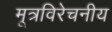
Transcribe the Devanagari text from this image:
मूत्रविरेचनीय